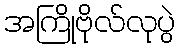
အကြိုဗိုလ်လုပွဲ